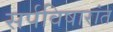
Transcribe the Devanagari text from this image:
सर्पविषारांत